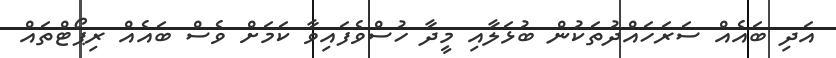
އަދި ބައެއް ސަރަހައްދުތަކުން ބުޅަލާއި މީދާ ހުސްވެފައިވާ ކަމަށް ވެސް ބައެއް ރިޕޯޓްތައް